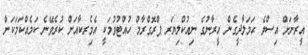
އީރާނަށް އިސްވެ ޙަމަލާދީގެން އީރާނުގެ ނިއުކްލިޔަރ ޕްރޮގްރާމް ހުއްޓުވުމަކީ އެމެިރކާއަށް ކުރެވޭނެ ކަމެއްކަމަކަށް